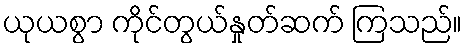
ယုယစွာ ကိုင်တွယ်နှုတ်ဆက် ကြသည်။